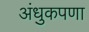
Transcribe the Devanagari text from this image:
अंधुकपणा